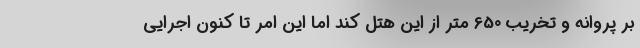
بر پروانه و تخریب 650 متر از این هتل کند اما این امر تا کنون اجرایی